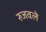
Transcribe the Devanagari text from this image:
रुजवले